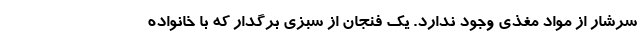
سرشار از مواد مغذی وجود ندارد. یک فنجان از سبزی برگدار که با خانواده